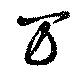
万